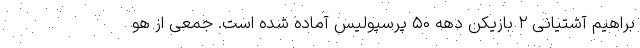
براهیم آشتیانی ۲ بازیکن دهه ۵۰ پرسپولیس آماده شده است. جمعی از هو